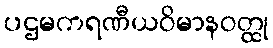
ပဌမကရဏီယဝိမာနဝတ္ထု